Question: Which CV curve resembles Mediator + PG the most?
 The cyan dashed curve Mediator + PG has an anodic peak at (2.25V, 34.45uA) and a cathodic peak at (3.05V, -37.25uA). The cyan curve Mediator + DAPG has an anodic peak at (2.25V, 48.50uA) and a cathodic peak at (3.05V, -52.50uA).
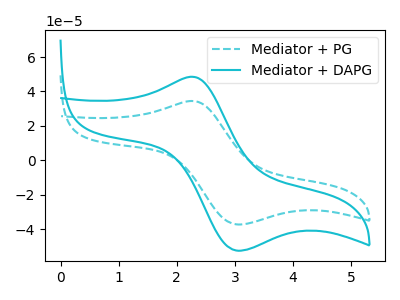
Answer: <think>All the peaks in "Mediator + PG" have a peak in "Mediator + DAPG" at the same potential. Every peak in "Mediator + PG" is lower than every peak in "Mediator + DAPG".
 </think>
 <answer>The CV with the most similar shape to "Mediator + DAPG" is "Mediator + PG".</answer>
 <eval>"Mediator + PG"</eval>